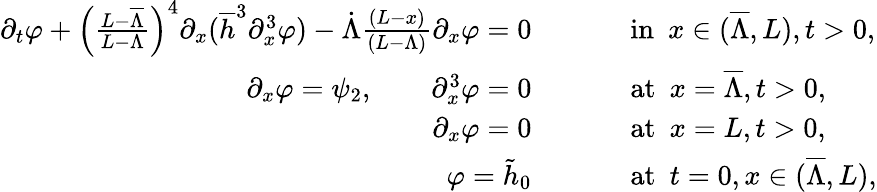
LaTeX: \begin{array}{rl}{\partial_{t}\varphi+\left(\frac{L-\overline{{\Lambda}}}{L-\Lambda}\right)^{4}\partial_{x}(\overline{{h}}^{3}\partial_{x}^{3}\varphi)-\dot{\Lambda}\frac{(L-x)}{(L-\Lambda)}\partial_{x}\varphi=0\qquad\ }&{\mathrm{~in~}\ x\in(\overline{{\Lambda}},L),t>0,}\\ {\partial_{x}\varphi=\psi_{2},\qquad\partial_{x}^{3}\varphi=0\qquad\ }&{\mathrm{~at~}\ x=\overline{{\Lambda}},t>0,}\\ {\partial_{x}\varphi=0\qquad\ }&{\mathrm{~at~}\ x=L,t>0,}\\ {\varphi=\tilde{h}_{0}\ \qquad}&{\mathrm{~at~}\ t=0,x\in(\overline{{\Lambda}},L),}\end{array}